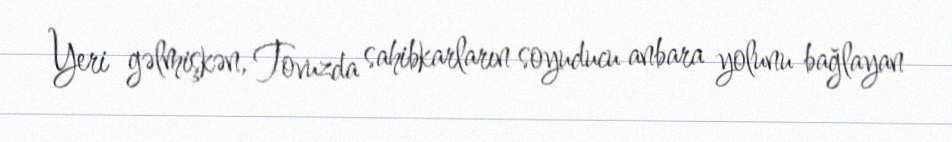
Yeri gəlmişkən, Tovuzda sahibkarların soyuducu anbara yolunu bağlayan